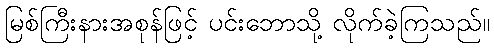
မြစ်ကြီးနားအစုန်ဖြင့် ပင်းဘောသို့ လိုက်ခဲ့ကြသည်။